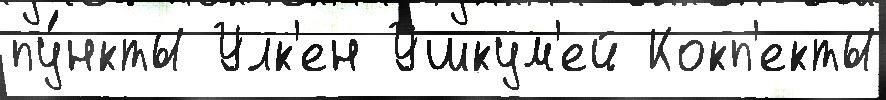
пу́нкты Улк'ен Ушкум'ей Кокп'екты